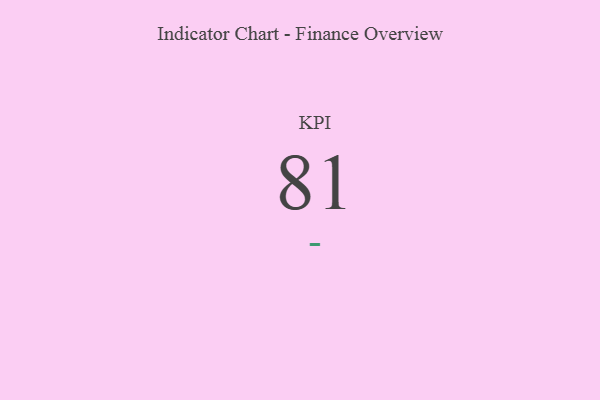
{"axis": {"x": "KPI", "y": "Value"}, "legend": [""], "data": [{"x": "KPI", "y": 81, "type": ""}]}